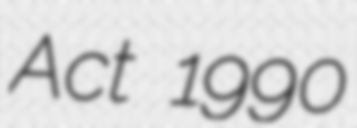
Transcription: Act 1990